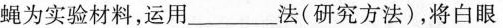
蝇为实验材料，运用______法(研究方法)，将白眼